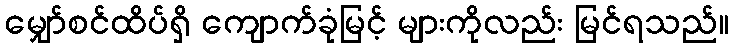
မျှော်စင်ထိပ်ရှိ ကျောက်ခုံမြင့် များကိုလည်း မြင်ရသည်။